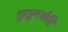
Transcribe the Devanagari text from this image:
कुट्टनचेरि